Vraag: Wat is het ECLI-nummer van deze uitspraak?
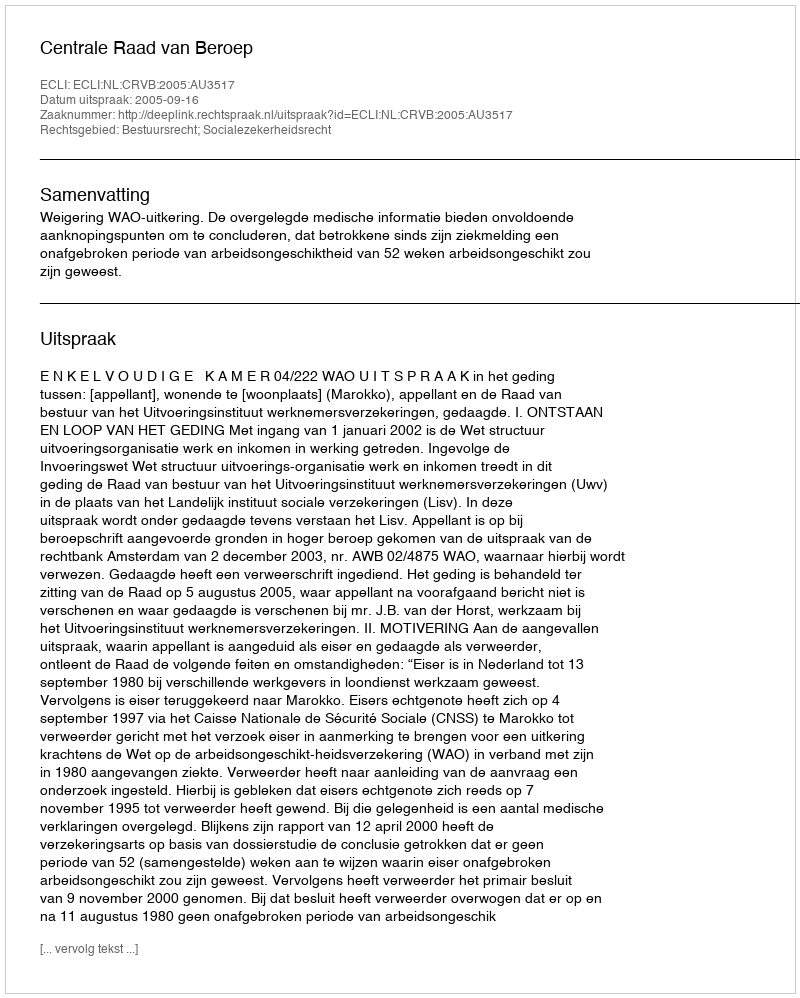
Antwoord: ECLI:NL:CRVB:2005:AU3517